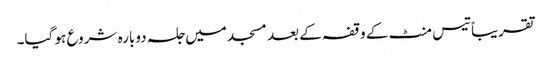
تقریباً تیس منٹ کے وقفہ کے بعد مسجد میں جلسہ دوبارہ شروع ہو گیا۔